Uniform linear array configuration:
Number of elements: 16
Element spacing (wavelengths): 1
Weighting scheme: cosine
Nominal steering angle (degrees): -60
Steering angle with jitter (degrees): -60.918
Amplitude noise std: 0.05
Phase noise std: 0.05

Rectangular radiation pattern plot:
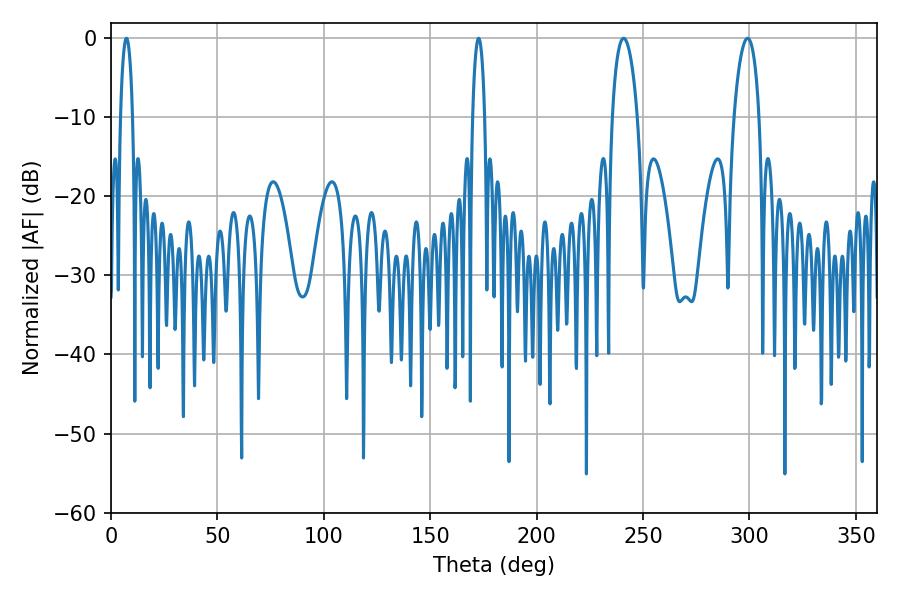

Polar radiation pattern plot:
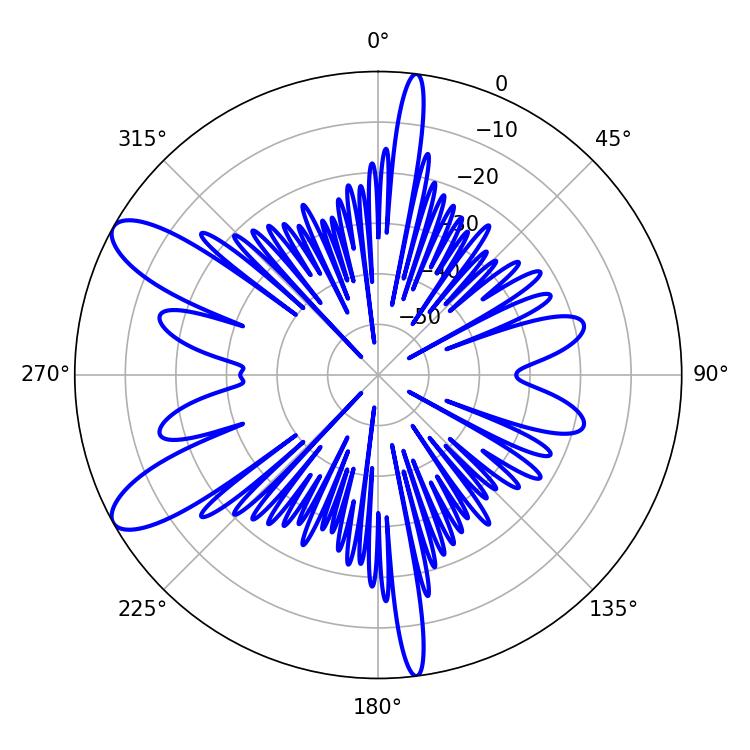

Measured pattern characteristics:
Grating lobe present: TRUE
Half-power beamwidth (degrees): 6.66
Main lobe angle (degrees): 240.84